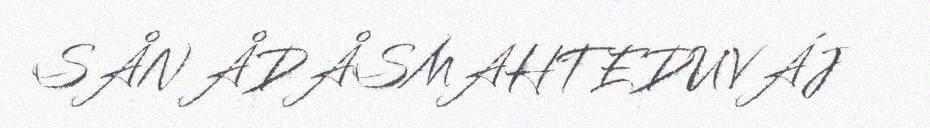
SÅN ÅDÅSMAHTEDUVÁJ